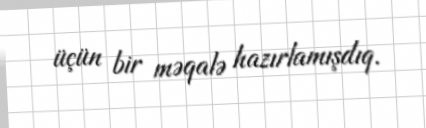
üçün bir məqalə hazırlamışdıq.